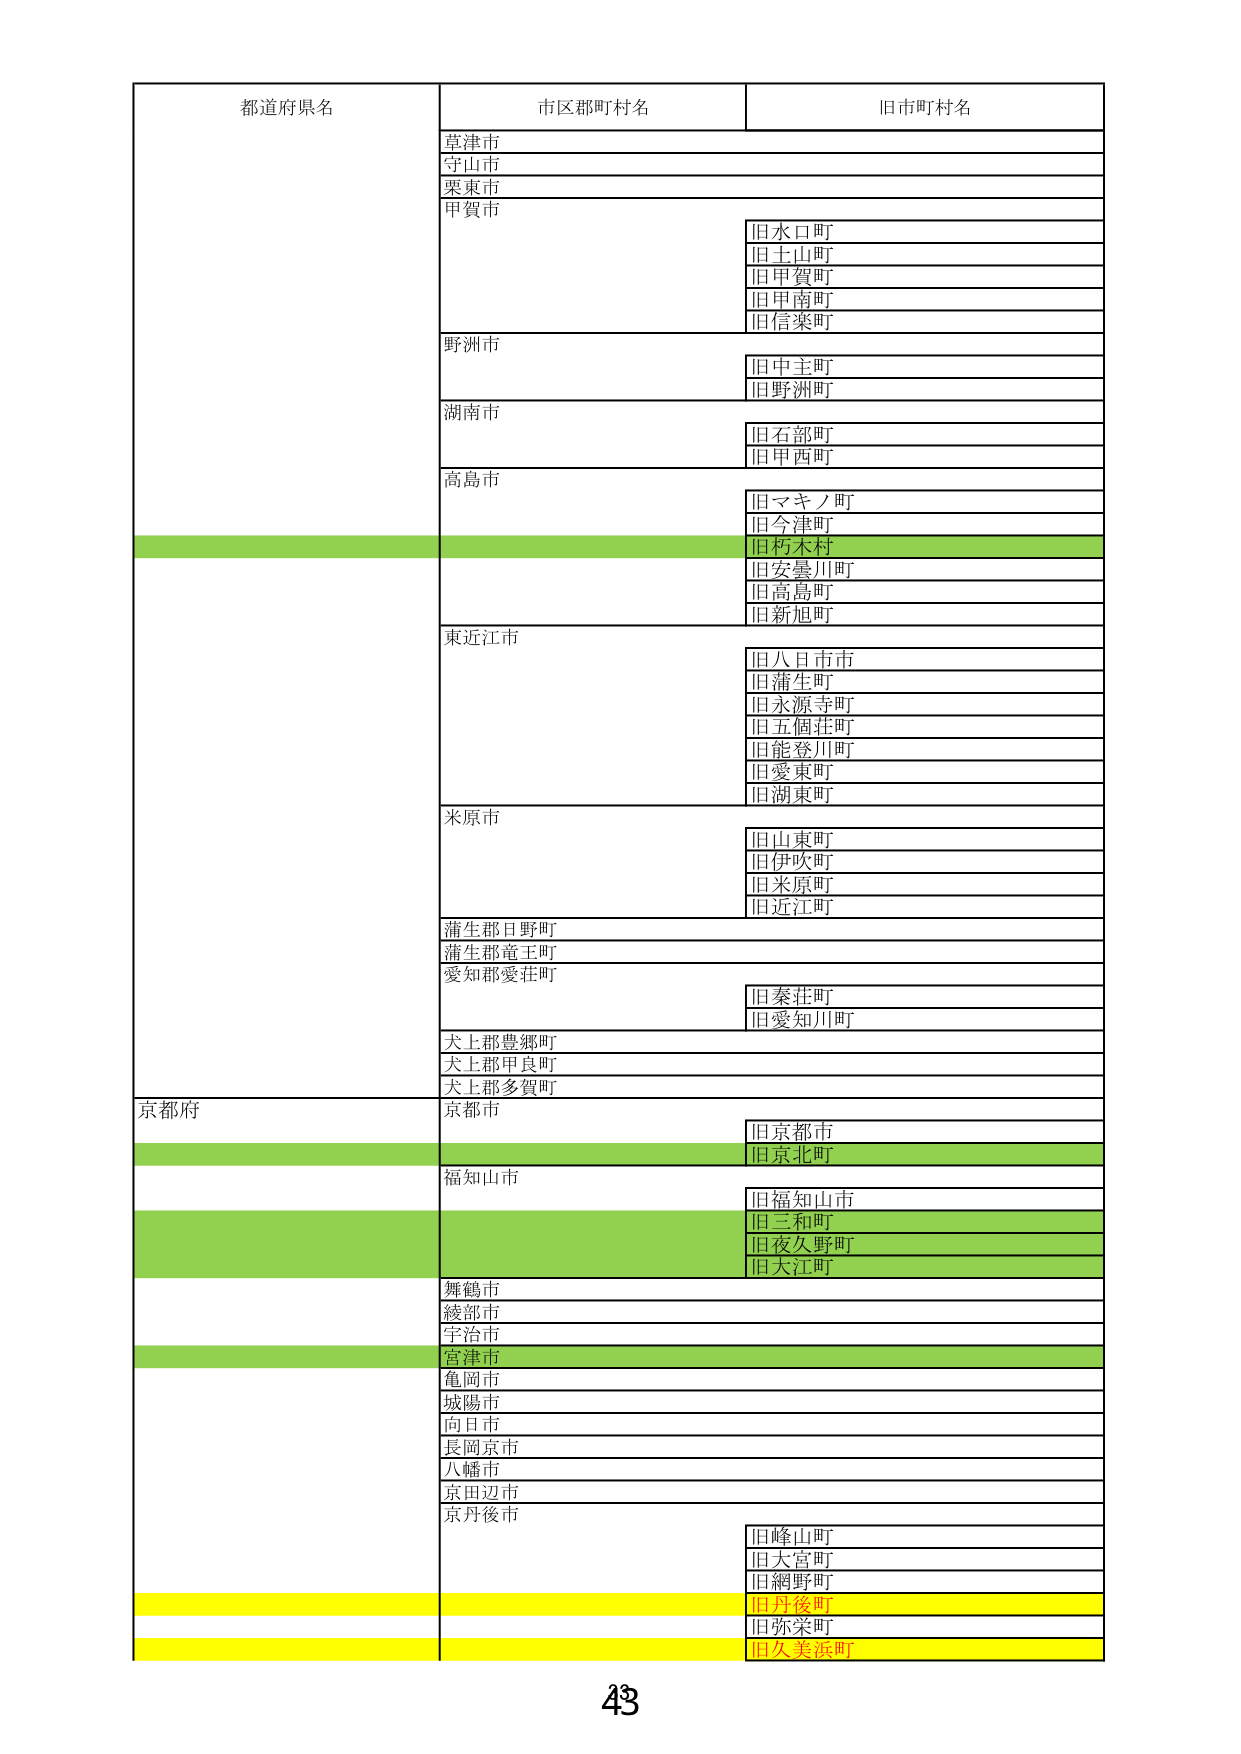
都道府県名
市区郡町村名
旧市町村名
草津市
守山市
栗東市
甲賀市
旧水口町
旧土山町
旧甲賀町
旧甲南町
旧信楽町
野洲市
旧中主町
旧野洲町
湖南市
旧石部町
旧甲西町
高島市
旧マキノ町
旧今津町
旧朽木村
旧安曇川町
旧高島町
旧新旭町
東近江市
旧八日市市
旧蒲生町
旧永源寺町
旧五個荘町
旧能登川町
旧愛東町
旧湖東町
米原市
旧山東町
旧伊吹町
旧米原町
旧近江町
蒲生郡日野町
蒲生郡竜王町
愛知郡愛荘町
旧秦荘町
旧愛知川町
犬上郡豊郷町
犬上郡甲良町
犬上郡多賀町
京都府
京都市
旧京都市
旧京北町
福知山市
旧福知山市
旧三和町
旧夜久野町
旧大江町
舞鶴市
綾部市
宇治市
宮津市
亀岡市
城陽市
向日市
長岡京市
八幡市
京田辺市
京丹後市
旧峰山町
旧大宮町
旧網野町
旧丹後町
旧弥栄町
旧久美浜町
43